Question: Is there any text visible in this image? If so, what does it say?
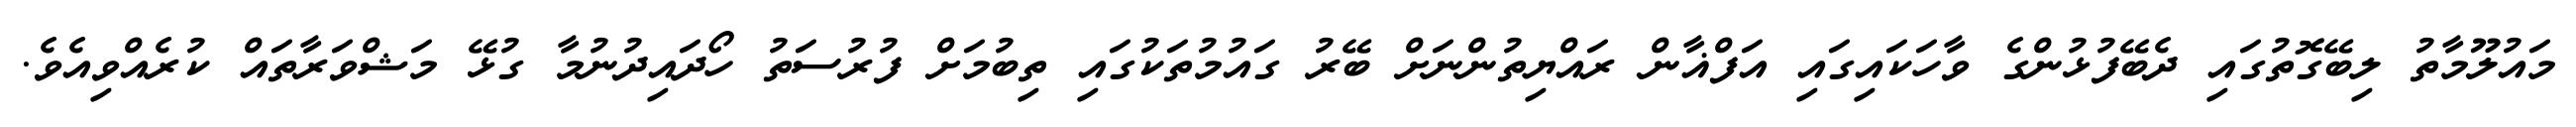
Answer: މައުލޫމާތު ލިބޭގޮތުގައި ދެބޭފުޅުންގެ ވާހަކައިގައި އަފްޣާން ރައްޔިތުންނަށް ބޭރު ގައުމުތަކުގައި ތިބުމަށް ފުރުސަތު ހޯދައިދުނުމާ ގުޅޭ މަޝްވަރާތައް ކުރެއްވިއެވެ.